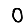
Digit: 0